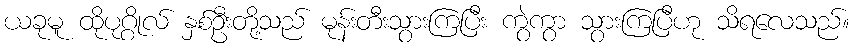
ယခုမူ ထိုပုဂ္ဂိုလ် နှစ်ဦးတို့သည် မုန်းတီးသွားကြပြီး ကွဲကွာ သွားကြပြီဟု သိရလေသည်။